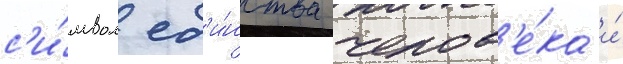
с'и́мвол ед'и́нства челов'е́ка и́